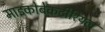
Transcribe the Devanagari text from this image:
माइकोबेकटीरियल